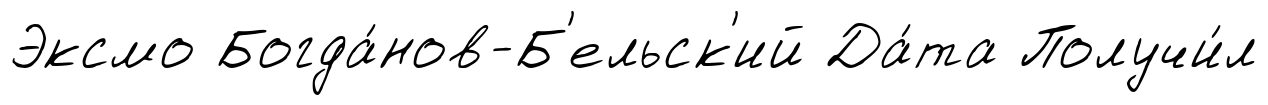
Эксмо Богда́нов-Б'ельск'ий Да́та Получи́л